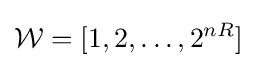
{\mathcal {W}}=[1,2,\dots ,2^{nR}]